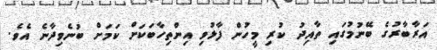
އަރާބާރުގެ ބޭނުމުގައި ތާއިދު ކުރި މީހުން ފާޅުވި އިންތިހާބަކަށް ކަމަށް ބުނެވިދާނެ އެވެ.